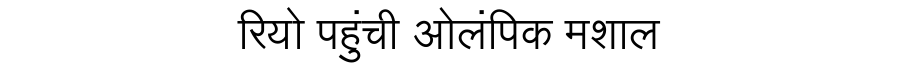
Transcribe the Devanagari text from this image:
रियो पहुंची ओलंपिक मशाल